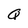
Character: Q